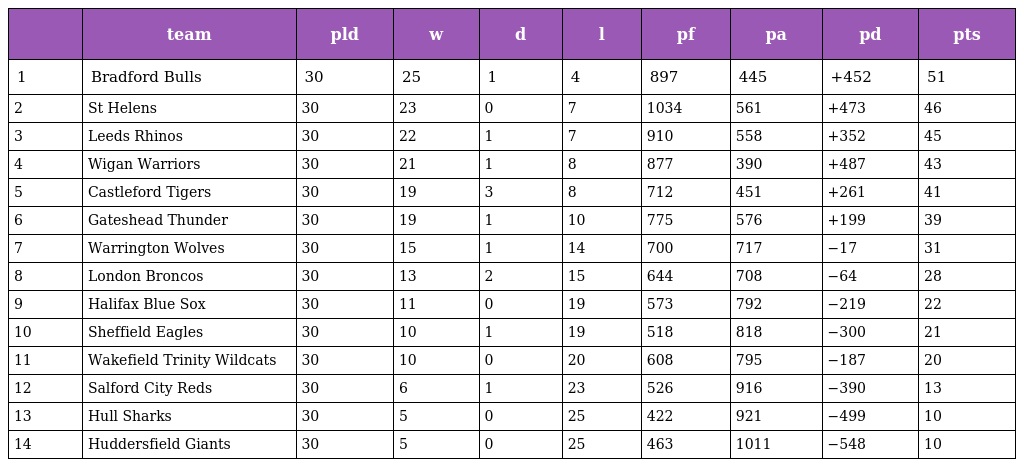
|  | team | pld | w | d | l | pf | pa | pd | pts |
 | --- | --- | --- | --- | --- | --- | --- | --- | --- | --- |
 | 1 | Bradford Bulls | 30 | 25 | 1 | 4 | 897 | 445 | +452 | 51 |
 | 2 | St Helens | 30 | 23 | 0 | 7 | 1034 | 561 | +473 | 46 |
 | 3 | Leeds Rhinos | 30 | 22 | 1 | 7 | 910 | 558 | +352 | 45 |
 | 4 | Wigan Warriors | 30 | 21 | 1 | 8 | 877 | 390 | +487 | 43 |
 | 5 | Castleford Tigers | 30 | 19 | 3 | 8 | 712 | 451 | +261 | 41 |
 | 6 | Gateshead Thunder | 30 | 19 | 1 | 10 | 775 | 576 | +199 | 39 |
 | 7 | Warrington Wolves | 30 | 15 | 1 | 14 | 700 | 717 | −17 | 31 |
 | 8 | London Broncos | 30 | 13 | 2 | 15 | 644 | 708 | −64 | 28 |
 | 9 | Halifax Blue Sox | 30 | 11 | 0 | 19 | 573 | 792 | −219 | 22 |
 | 10 | Sheffield Eagles | 30 | 10 | 1 | 19 | 518 | 818 | −300 | 21 |
 | 11 | Wakefield Trinity Wildcats | 30 | 10 | 0 | 20 | 608 | 795 | −187 | 20 |
 | 12 | Salford City Reds | 30 | 6 | 1 | 23 | 526 | 916 | −390 | 13 |
 | 13 | Hull Sharks | 30 | 5 | 0 | 25 | 422 | 921 | −499 | 10 |
 | 14 | Huddersfield Giants | 30 | 5 | 0 | 25 | 463 | 1011 | −548 | 10 |